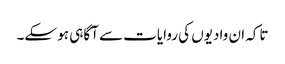
تاکہ ان وادیوں کی روایات سے آگاہی ہو سکے۔